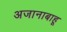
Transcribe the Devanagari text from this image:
अजानाबाहू